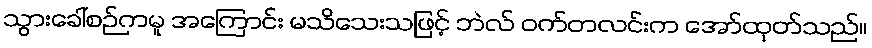
သွားခေါ်စဉ်ကမူ အကြောင်း မသိသေးသဖြင့် ဘဲလ် ဝက်တလင်းက အော်ထုတ်သည်။